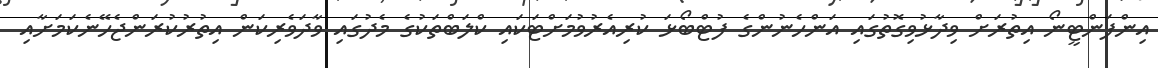
އިންފަންޓީނޯ އިތުރަށް ވިދާޅުވިގޮތުގައި އަންހެނުންގެ ފުޓްބޯޅަ ކުރިއެރުވުމަށްޓަކައި ކްލަބްތަކުގެ މެދުގައި ވާދަވެރިކަން އިތުރުކުރަންޖެހޭނެކަމަށާއި